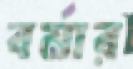
বর্মার